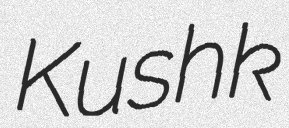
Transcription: Kushk